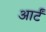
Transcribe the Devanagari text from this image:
आर्टं